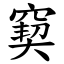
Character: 窫